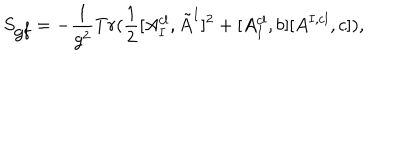
S _ { \mathrm { g f } } = - \frac { 1 } { g ^ { 2 } } T r ( \frac { 1 } { 2 } [ A _ { I } ^ { c l } , \tilde { A } ^ { I } ] ^ { 2 } + [ A _ { I } ^ { c l } , b ] [ A ^ { I , c l } , c ] ) ,